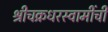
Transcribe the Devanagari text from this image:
श्रीचक्रधरस्वामींची